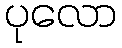
ပုလော